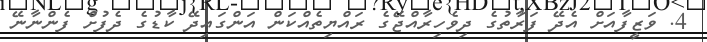
4. ވަޒީފާއަށް އެދޭ ފަރާތުގެ ދިވެހިރާއްޖޭގެ ރައްޔިތެއްކަން އަންގައިދޭ ކާޑުގެ ދެފުށް ފެންނާނޭ